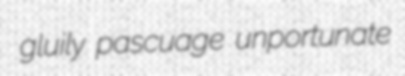
gluily pascuage unportunate